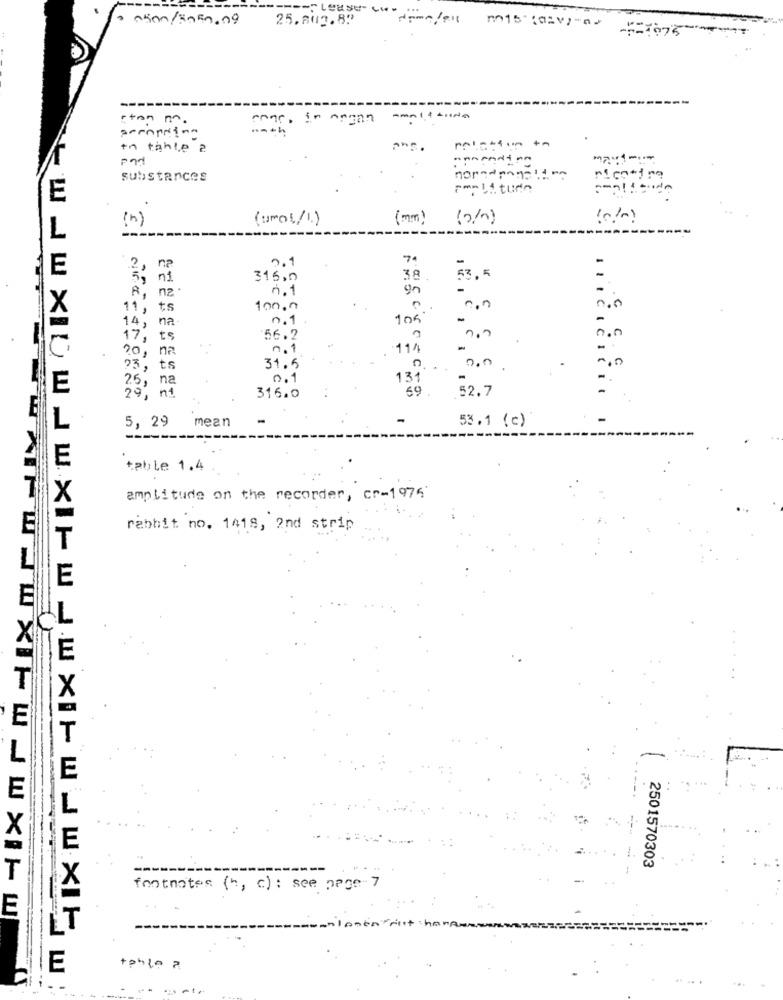
25. Aug.8.
en Lease- woon/est mis (av)und
-5-1075
ston n.
conc, in organ
peropring
in tahle ?
substances
nicotine
Fm-litude
E
(umol/l.)
(mm)
( 2/0)
(b)
74
2, na
0.1
-
-
5, ni
315,0
38
53 . 5
8, na.
0.1
11, ts
100.0
14, na
n.1
105'
-
17; t
56.2
0.0
n.1
-114
20, n
?3, ts
31. 5
200
26, na
0 .1
13
.52.7
29, ni
316.0
69
5, 29
mean
-
53.1 (c)
table 1.4 .
amplitude on the recorder, cr-1974
E
rabbit no. 1418, 2nd strip
E
L
E
2501570303
fontnotes (b, c) : see page 7
E
E
-----